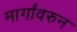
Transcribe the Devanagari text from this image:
मार्गांवरुन